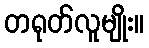
တရုတ်လူမျိုး။